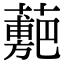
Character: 𧁉